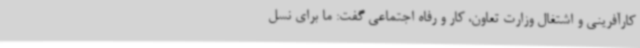
کارآفرینی و اشتغال وزارت تعاون، کار و رفاه اجتماعی گفت: ما برای نسل